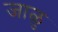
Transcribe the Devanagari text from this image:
जाळु